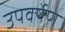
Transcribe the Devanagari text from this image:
उपवर्षेण